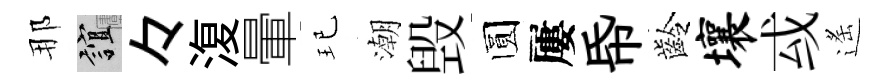
那誼々𣸪暈玘潮毁圆屢帋齡壤㦯遙